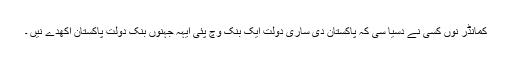
کمانڈر نوں کسی نے دسیا سی کہ پاکستان دی ساری دولت ایک بنک وچ پئی ایہہ جہنوں بنک دولت پاکستان آکھدے نیں ۔